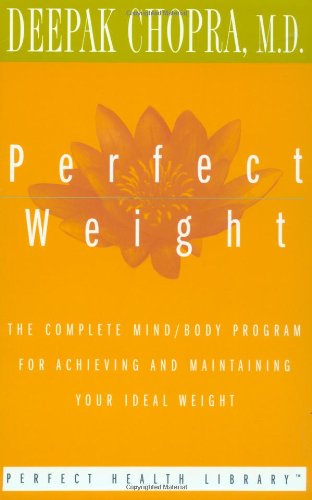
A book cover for Perfect Weight: The Complete Mind/Body Program for Achieving and Maintaining Your Ideal Weight (Perfect Health Library); Deepak Chopra; Health, Fitness & Dieting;